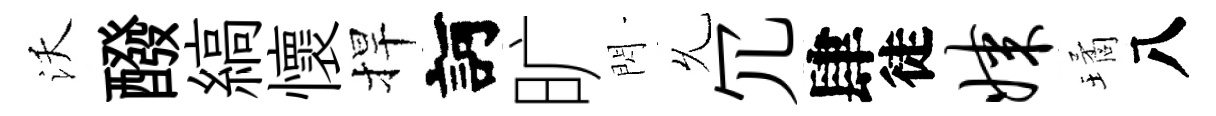
沃醱縞懷捍訶旷閃𠃔冗肆徒媒璚八